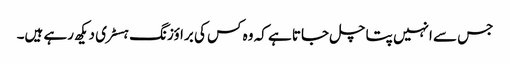
جس سے انہیں پتا چل جاتا ہے کہ وہ کس کی براؤزنگ ہسٹری دیکھ رہے ہیں۔